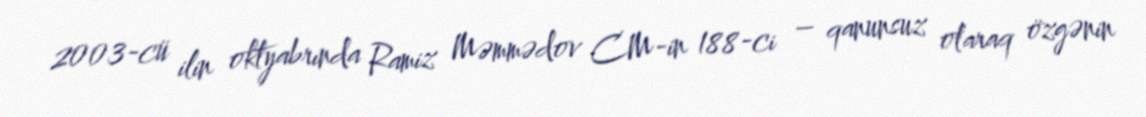
2003-cü ilin oktyabrında Ramiz Məmmədov CM-in 188-ci – qanunsuz olaraq özgənin